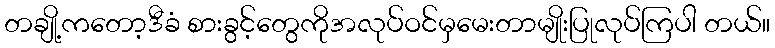
တချို့ကတော့ဒီခံ စားခွင့်တွေကိုအလုပ်ဝင်မှမေးတာမျိုးပြုလုပ်ကြပါ တယ်။